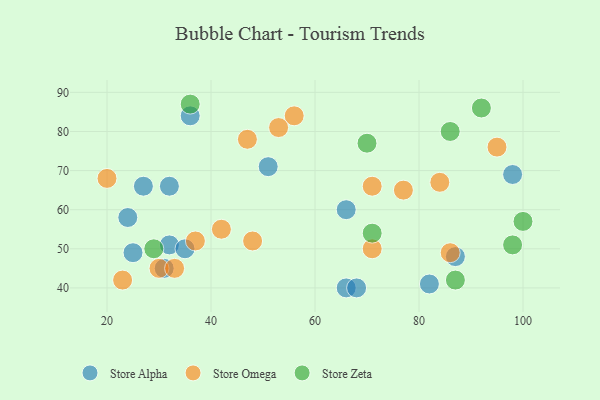
{"axis": {"x": "GDP", "y": "Life Expectancy"}, "legend": ["Store Alpha", "Store Omega", "Store Zeta"], "data": [{"x": "82", "y": 41, "type": "Store Alpha"}, {"x": "32", "y": 51, "type": "Store Alpha"}, {"x": "66", "y": 60, "type": "Store Alpha"}, {"x": "27", "y": 66, "type": "Store Alpha"}, {"x": "31", "y": 45, "type": "Store Alpha"}, {"x": "66", "y": 40, "type": "Store Alpha"}, {"x": "32", "y": 66, "type": "Store Alpha"}, {"x": "87", "y": 48, "type": "Store Alpha"}, {"x": "36", "y": 84, "type": "Store Alpha"}, {"x": "68", "y": 40, "type": "Store Alpha"}, {"x": "35", "y": 50, "type": "Store Alpha"}, {"x": "25", "y": 49, "type": "Store Alpha"}, {"x": "98", "y": 69, "type": "Store Alpha"}, {"x": "24", "y": 58, "type": "Store Alpha"}, {"x": "51", "y": 71, "type": "Store Alpha"}, {"x": "23", "y": 42, "type": "Store Omega"}, {"x": "47", "y": 78, "type": "Store Omega"}, {"x": "71", "y": 66, "type": "Store Omega"}, {"x": "95", "y": 76, "type": "Store Omega"}, {"x": "42", "y": 55, "type": "Store Omega"}, {"x": "84", "y": 67, "type": "Store Omega"}, {"x": "86", "y": 49, "type": "Store Omega"}, {"x": "71", "y": 50, "type": "Store Omega"}, {"x": "56", "y": 84, "type": "Store Omega"}, {"x": "30", "y": 45, "type": "Store Omega"}, {"x": "48", "y": 52, "type": "Store Omega"}, {"x": "77", "y": 65, "type": "Store Omega"}, {"x": "33", "y": 45, "type": "Store Omega"}, {"x": "37", "y": 52, "type": "Store Omega"}, {"x": "20", "y": 68, "type": "Store Omega"}, {"x": "53", "y": 81, "type": "Store Omega"}, {"x": "87", "y": 42, "type": "Store Zeta"}, {"x": "36", "y": 87, "type": "Store Zeta"}, {"x": "70", "y": 77, "type": "Store Zeta"}, {"x": "92", "y": 86, "type": "Store Zeta"}, {"x": "86", "y": 80, "type": "Store Zeta"}, {"x": "29", "y": 50, "type": "Store Zeta"}, {"x": "71", "y": 54, "type": "Store Zeta"}, {"x": "98", "y": 51, "type": "Store Zeta"}, {"x": "100", "y": 57, "type": "Store Zeta"}]}